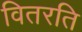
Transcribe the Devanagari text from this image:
वितरति